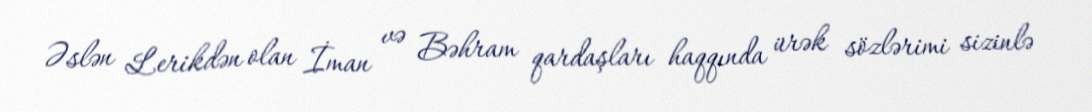
Əslən Lerikdən olan İman və Bəhram qardaşları haqqında ürək sözlərimi sizinlə